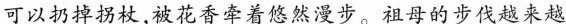
可以扔掉拐杖，被花香牵着悠然漫步。祖母的步伐越来越